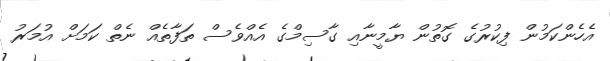
އެހެންކަމުން ފިކުރުގެ ގޮތުން ޔާމީނާއި ގާސިމްގެ އެއްވެސް ތަފާތެއް ނެތް ކަމަށް އުމަރު